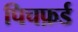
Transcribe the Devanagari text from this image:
पिचफ़र्ड